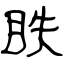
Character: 眣